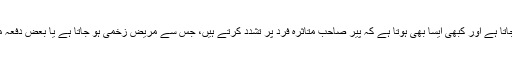
بعض اوقات ’جن‘ فوری بھاگ جاتا ہے اور کبھی ایسا بھی ہوتا ہے کہ پیر صاحب متاثرہ فرد پر تشدد کرتے ہیں، جس سے مریض زخمی ہو جاتا ہے یا بعض دفعہ موت کی وادی میں چلا جاتا ہے۔